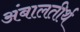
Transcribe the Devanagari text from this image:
अंबालतीर्थ